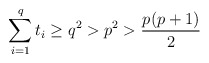
\begin{align*}\sum_{i = 1}^qt_i \geq q^2 > p^2 > \frac{p(p+1)}{2} \end{align*}